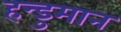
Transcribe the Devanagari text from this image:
हन्डुमान